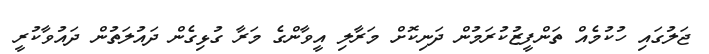
ޖަލުގައި ހުކުމެއް ތަންފީޒުކުރަމުން ދަނިކޮށް މަރާލި އީވާންގެ މަރާ ގުޅިގެން ދައުލަތުން ދައުވާކުރީ